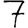
Digit: 7